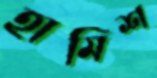
হামিশ